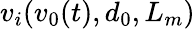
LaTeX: v_{i}(v_{0}(t),d_{0},L_{m})